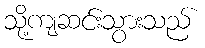
သို့ကျဆင်းသွားသည်